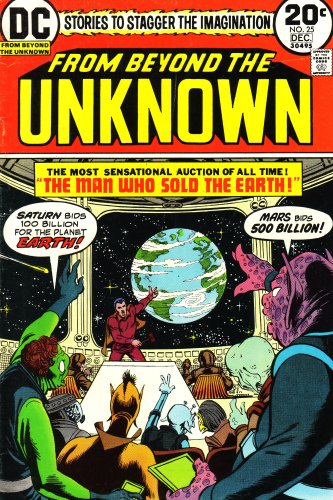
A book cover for From Beyond the Unknown: Stories to Stagger the Imagination: The Most Sensational Auction of All Time! The Man Who Sold the Earth!: Saturn Bids 100 Billion for the Planet Earth! Mars Bids 500 Billion! (Vol. 1, No. 25, December 1973); Gardner Fox; Science & Math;